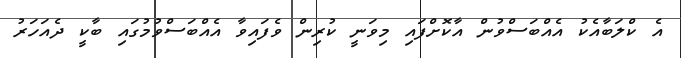
އެ ކްލަބާއެކު އެއްބަސްވުން އާކޮށްފައި މިވަނީ ކުރިން ވެފައިވާ އެއްބަސްވުމުގައި ބާކީ ދެއަހަރު